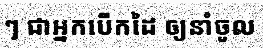
ៗ ជាអ្នកបើកដៃ ឲ្យនាំចូល